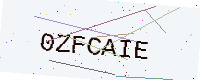
Text: 0ZFCAIE